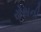
રોસની